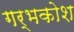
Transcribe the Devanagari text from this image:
गर्भकोश